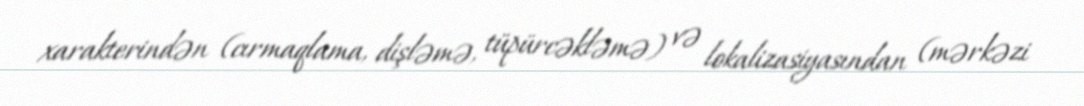
xarakterindən (cırmaqlama, dişləmə, tüpürcəkləmə) və lokalizasiyasından (mərkəzi